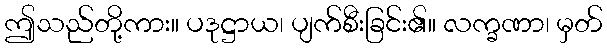
ဤသည်တို့ကား။ ပဒုဋ္ဌာယ၊ ပျက်စီးခြင်း၏။ လက္ခဏာ၊ မှတ်